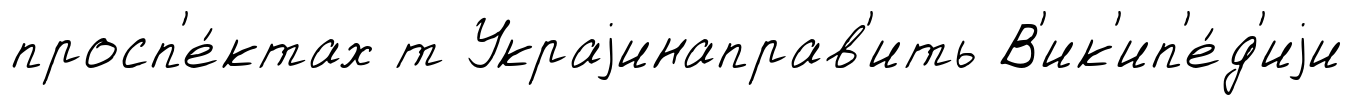
просп'е́ктах т Украjинаправ'ить В'ик'ип'е́д'иjи